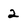
Character: 2